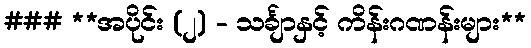
### **အပိုင်း (၂) - သင်္ချာနှင့် ကိန်းဂဏန်းများ**